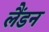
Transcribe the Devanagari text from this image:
लैंडन